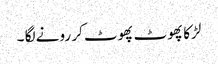
لڑکا پھوٹ پھوٹ کر رونے لگا ۔